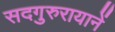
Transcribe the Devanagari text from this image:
सदगुरुरायानें